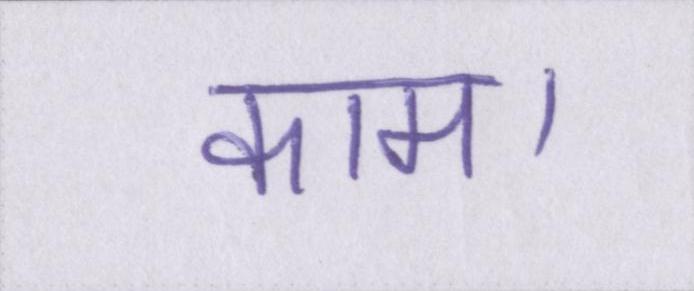
काम।